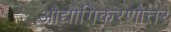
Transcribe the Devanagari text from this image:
औद्योगिकरणोत्तर